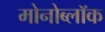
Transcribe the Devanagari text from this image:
मोनोब्लॉक